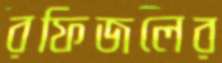
রফিজলের